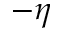
- \eta